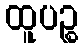
ထူပဉ္စ